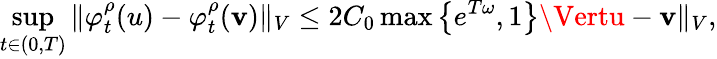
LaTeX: \operatorname*{sup}_{t\in(0,T)}\Vert\varphi_{t}^{\rho}(u)-\varphi_{t}^{\rho}(\mathbf{v})\Vert_{V}\leq2C_{0}\operatorname*{max}\left\{ e^{T\omega},1\right\} \Vertu-\mathbf{v}\Vert_{V},